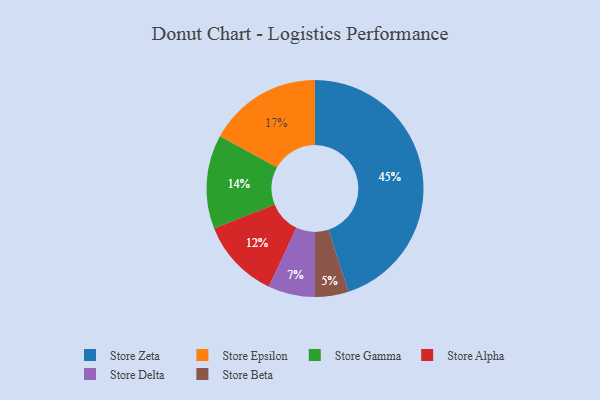
{"axis": {"x": "Category", "y": "Percentage"}, "legend": ["Store Alpha", "Store Beta", "Store Delta", "Store Epsilon", "Store Gamma", "Store Zeta"], "data": [{"x": "Store Gamma", "y": 14, "type": "Store Gamma"}, {"x": "Store Delta", "y": 7, "type": "Store Delta"}, {"x": "Store Beta", "y": 5, "type": "Store Beta"}, {"x": "Store Alpha", "y": 12, "type": "Store Alpha"}, {"x": "Store Epsilon", "y": 17, "type": "Store Epsilon"}, {"x": "Store Zeta", "y": 45, "type": "Store Zeta"}]}